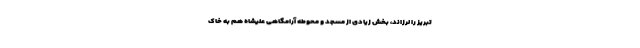
تبریز را لرزاند، بخش زیادی از مسجد و محوطه آرامگاهی علیشاه هم به خاک